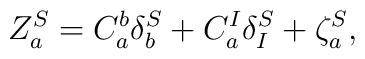
Z_a^S = C_a^b \delta_b^S + C_a^I \delta_I^S + \zeta_a^S,